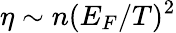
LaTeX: \eta\sim n(E_{F}/T)^{2}